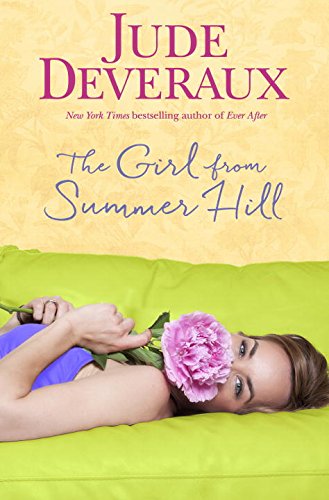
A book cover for The Girl from Summer Hill: A Summer Hill Novel; Jude Deveraux; Romance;